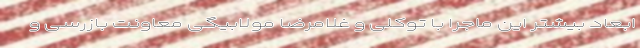
ابعاد بیشتر این ماجرا با توکلی و غلامرضا مولابیگی معاونت بازرسی و